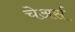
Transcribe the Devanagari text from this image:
चेअर्स